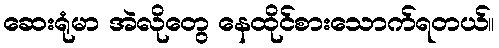
ဆေးရုံမာ အဲလိုတွေ နေထိုင်စားသောက်ရတယ်။